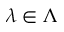
\lambda \in \Lambda